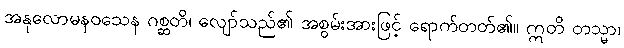
အနုလောမနဝသေန ဂစ္ဆတိ၊ လျော်သည်၏ အစွမ်းအားဖြင့် ရောက်တတ်၏။ ဣတိ တသ္မာ၊